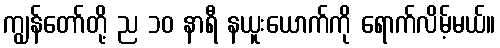
ကျွန်တော်တို့ ည ၁၀ နာရီ နယူးယောက်ကို ရောက်လိမ့်မယ်။